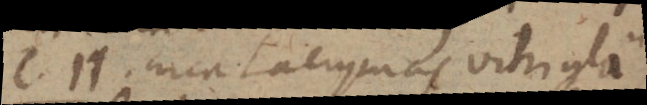
c. 11. Circa Lacrymas vitri glä